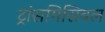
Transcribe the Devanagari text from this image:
ट्रांसमिसिबल